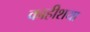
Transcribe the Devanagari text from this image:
काहीशया